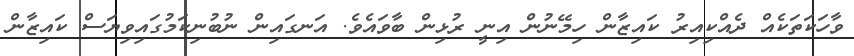
ވާހަކަތަކެއް ދެއްކިއިރު ކައިޒާން ހިމޭނުން އިނީ ރުޅިން ބާވައެވެ. އަނގައިން ނުބުނިކަމުގައިވިޔަސް ކައިޒާން